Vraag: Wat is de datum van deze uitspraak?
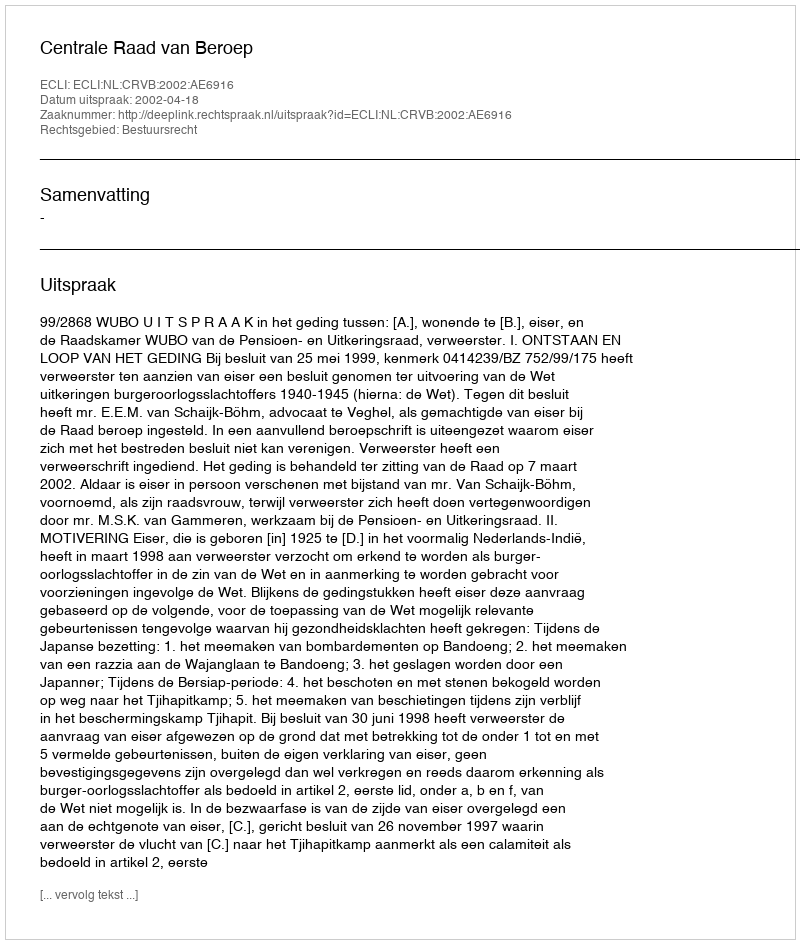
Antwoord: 2002-04-18